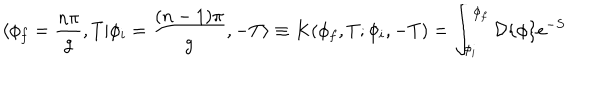
\langle \phi _ { f } = \frac { n \pi } { g } , T | \phi _ { i } = \frac { ( n - 1 ) \pi } { g } , - T \rangle \equiv K ( \phi _ { f } , T ; \phi _ { i } , - T ) = \int _ { \phi _ { i } } ^ { \phi _ { f } } { \cal D } \{ \phi \} e ^ { - S }